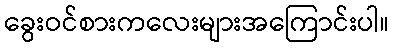
ခွေးဝင်စားကလေးများအကြောင်းပါ။